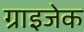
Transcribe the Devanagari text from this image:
ग्राइजेक